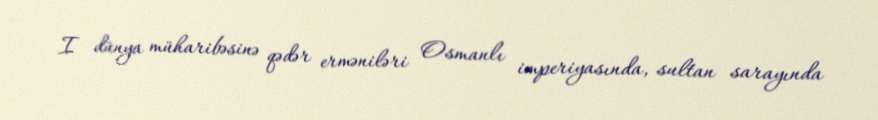
I dünya müharibəsinə qədər erməniləri Osmanlı imperiyasında, sultan sarayında